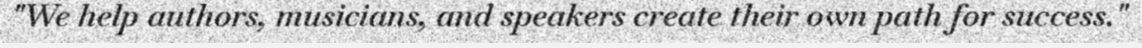
"We help authors, musicians, and speakers create their own path for success."